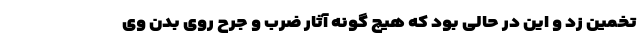
تخمین زد و این در حالی بود که هیچ ‌گونه آثار ضرب و جرح روی بدن وی